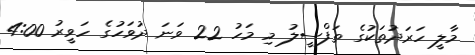
މާލީ ހަރަދުތަކުގެ ތަފްސީލު މި މަހު 22 ވަނަ ދުވަހުގެ ހަވީރު 4:00